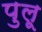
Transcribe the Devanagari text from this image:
पुलू